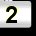
Digit: 2